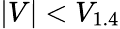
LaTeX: \vert V\vert<V_{1.4}